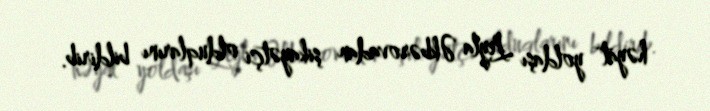
həyat yoldaşı Leyla Əkbərovadan şikayətçi olduqlarını bildirib.